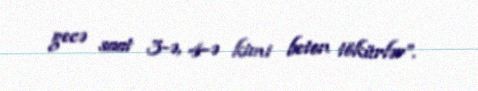
gecə saat 3-ə, 4-ə kimi beton tökürlər”.